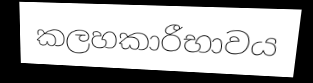
කලහකාරීභාවය